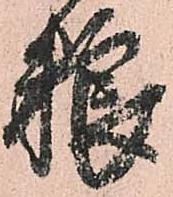
粮